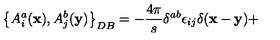
\left\{ A _ { i } ^ { a } ( { \bf x } ) , A _ { j } ^ { b } ( { \bf y } ) \right\} _ { D B } = - \frac { 4 \pi } { s } \delta ^ { a b } \epsilon _ { i j } \delta ( { \bf x } - { \bf y } ) +